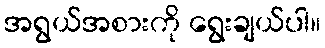
အရွယ်အစားကို ရွေးချယ်ပါ။